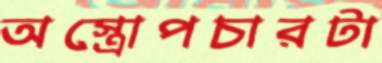
অস্ত্রোপচারটা